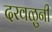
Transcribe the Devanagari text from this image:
दरवळुनी